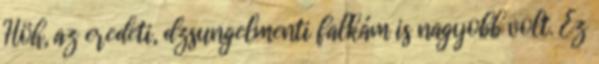
Höh, az eredeti, dzsungelmenti falkám is nagyobb volt. Ez